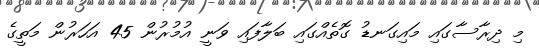
މި ދިރާސާގައި މައިގަނޑު ގޮތެއްގައި ބަލާފައި ވަނީ އުމުރުން 45 އަހަރުން މަތީގެ